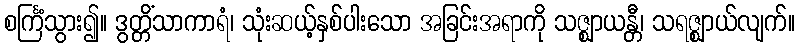
စင်္ကြံသွား၍။ ဒွတ္တိံသာကာရံ၊ သုံးဆယ့်နှစ်ပါးသော အခြင်းအရာကို သဇ္ဈာယန္တီ၊ သရဇ္ဈာယ်လျက်။